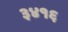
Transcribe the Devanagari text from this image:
३४१६